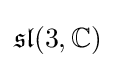
{\mathfrak {sl}}(3,\mathbb {C} )